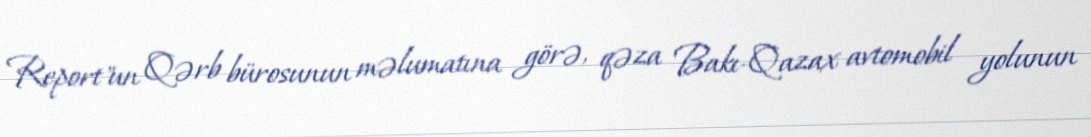
Report"un Qərb bürosunun məlumatına görə, qəza Bakı-Qazax avtomobil yolunun